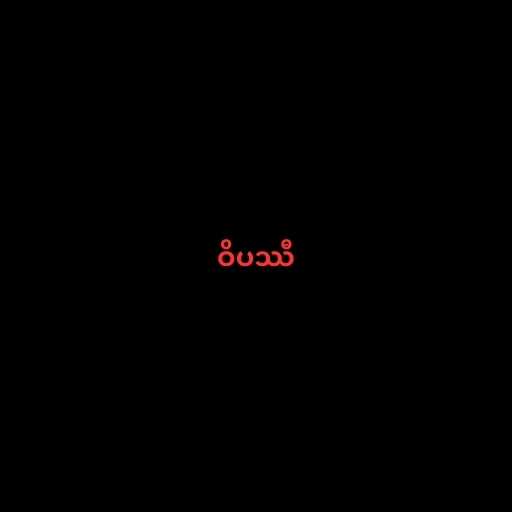
ဝိပဿီ